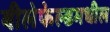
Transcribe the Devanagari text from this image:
बीलेफेल्डमधील